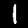
Label: 1